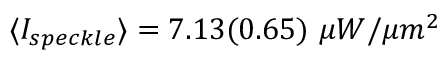
\langle I _ { s p e c k l e } \rangle = 7 . 1 3 ( 0 . 6 5 ) ~ \mu W / { \mu m } ^ { 2 }